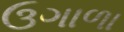
ઉગાળા